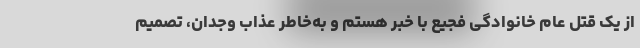
از یک قتل عام خانوادگی فجیع با خبر هستم و به‌خاطر عذاب وجدان، تصمیم